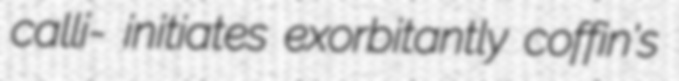
calli- initiates exorbitantly coffin's